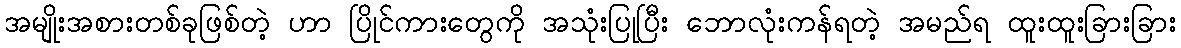
အမျိုးအစားတစ်ခုဖြစ်တဲ့ ဟာ ပြိုင်ကားတွေကို အသုံးပြုပြီး ဘောလုံးကန်ရတဲ့ အမည်ရ ထူးထူးခြားခြား